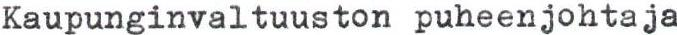
Kaupunginvaltuuston puheenjohtaja